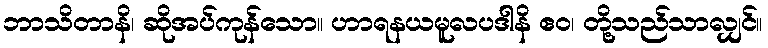
ဘာသိတာနိ၊ ဆိုအပ်ကုန်သော။ ဟာရနယမူလပဒါနိ ဧဝ၊ တို့သည်သာလျှင်။